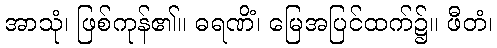
အာသုံ၊ ဖြစ်ကုန်၏။ ဓရဏိံ၊ မြေအပြင်ထက်၌။ ဖီတံ၊